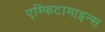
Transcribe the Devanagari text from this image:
एम्फिटामाइन्स